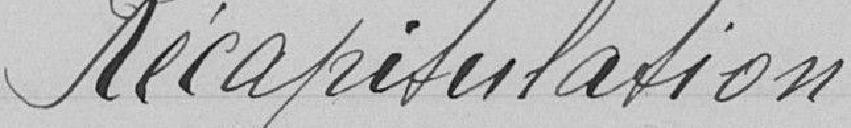
Récapitulation